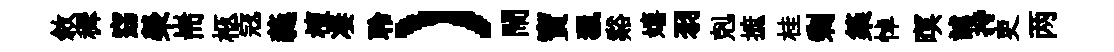
敘穉窈榮耑柩𡨥蕤檀凄聆）閙寳獵谿嬉羽剋摭桂剰築悼暝謔持吏两